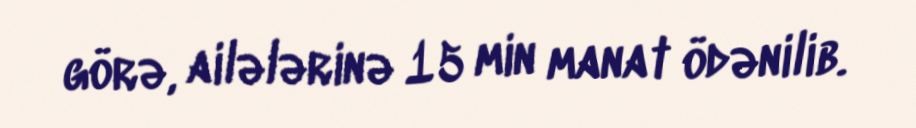
görə, ailələrinə 15 min manat ödənilib.